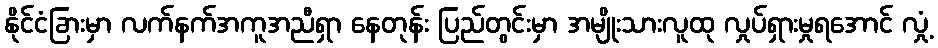
နိုင်ငံခြားမှာ လက်နက်အကူအညီရှာ နေတုန်း ပြည်တွင်းမှာ အမျိုးသားလူထု လှုပ်ရှားမှုရအောင် လှုံ့